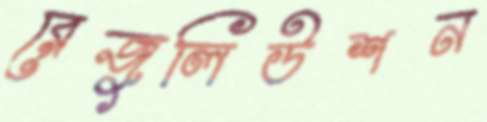
রেজুলিউশন